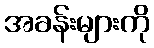
အခန်းများကို